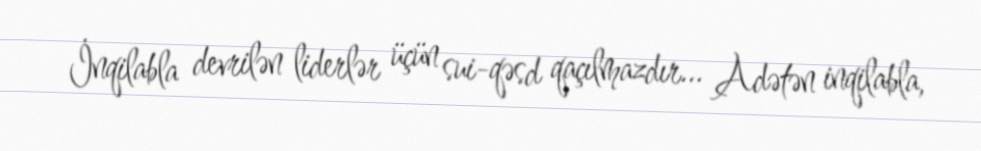
İnqilabla devrilən liderlər üçün sui-qəsd qaçılmazdır... Adətən inqilabla,